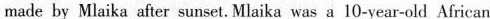
made by Mlaika after sunset. Mlaika was a 10-year-old African